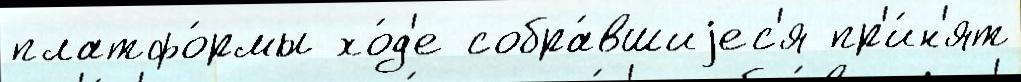
платфо́рмы хо́д'е собра́вшиjес'я пр'и́н'ят